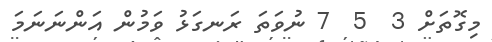
މިގޮތަށް 3  5  7 ނުވަތަ ރަނގަޅު ވަމުން އަންނަނަމަ